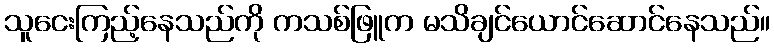
သူငေးကြည့်နေသည်ကို ကသစ်ဖြူက မသိချင်ယောင်ဆောင်နေသည်။